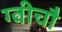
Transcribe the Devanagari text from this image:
ग्वीचौ